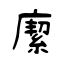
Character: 緳